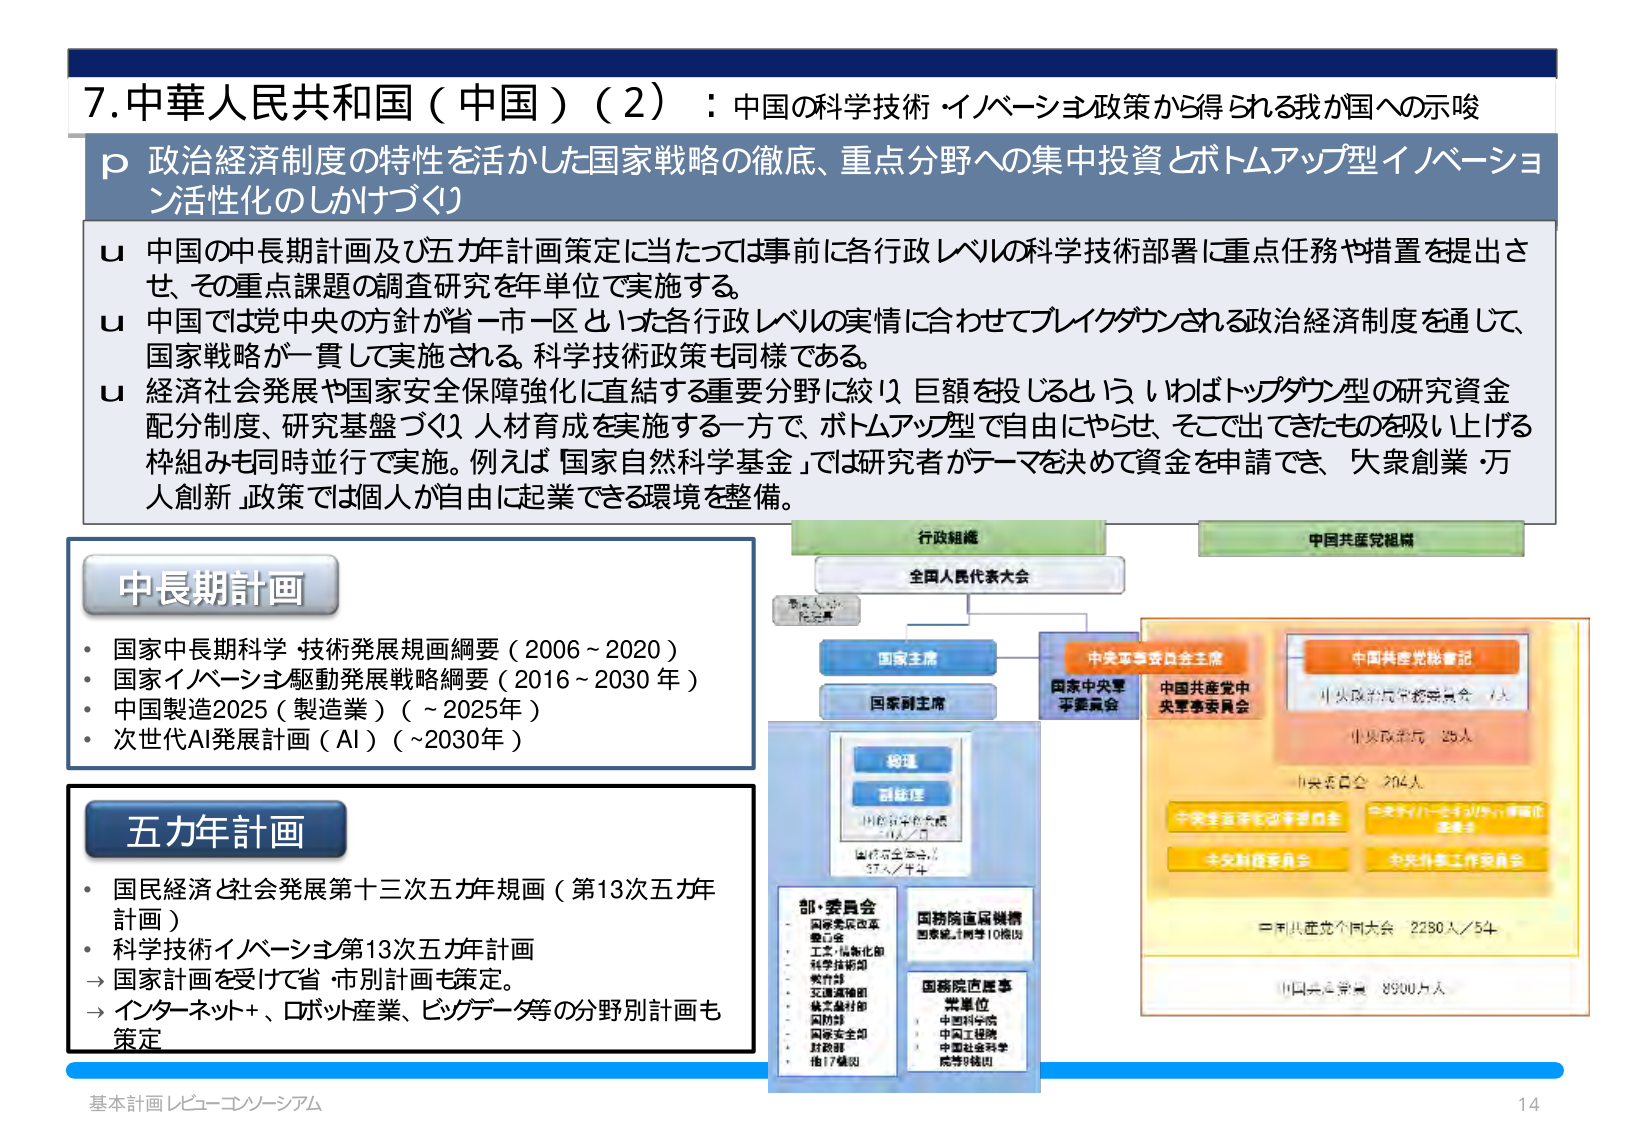
7.中華人民共和国（中国）（2）：中国の科学技術・イノベーション政策から得られる我が国への示唆
p 政治経済制度の特性を活かした国家戦略の徹底、重点分野への集中投資とボトムアップ型イノベーション活性化のしかけづくり
u 中国の中長期計画及び五カ年計画策定に当たっては事前に各行政レベルの科学技術部署に重点任務や措置を提出させ、その重点課題の調査研究を年単位で実施する。
u 中国では党中央の方針が省－市－区といった各行政レベルの実情に合わせてブレイクダウンされる政治経済制度を通じて、国家戦略が一貫して実施される。科学技術政策も同様である。
u 経済社会発展や国家安全保障強化に直結する重要分野に絞り、巨額を投じるという、いわばトップダウン型の研究資金配分制度、研究基盤づくり、人材育成を実施する一方で、ボトムアップ型で自由にやらせ、そこで出てきたものを吸い上げる枠組みも同時並行で実施。例えば「国家自然科学基金」では研究者がテーマを決めて資金を申請でき、「大衆創業・万人創新」政策では個人が自由に起業できる環境を整備。

中長期計画
・国家中長期科学・技術発展規画綱要（2006～2020）
・国家イノベーション駆動発展戦略綱要（2016～2030年）
・中国製造2025（製造業）（～2025年）
・次世代AI発展計画（AI）（～2030年）

五カ年計画
・国民経済と社会発展第十三次五カ年計画（第13次五カ年計画）
・科学技術イノベーション第13次五カ年計画
→国家計画を受けて省・市別計画も策定。
→インターネット＋、ロボット産業、ビッグデータ等の分野別計画も策定

行政組織
全国人民代表大会
国家主席
国家副主席
総理
副総理
国務院常務委員 4人／年
国務院常務委員 37人／年
部・委員会
- 国家発展改革委員会
- 工業・情報化部
- 科学技術部
- 教育部
- 交通運輸部
- 林業草原局
- 国防部
- 国家安全局
- 財政部
- 他17機関
国務院直属機構
国家統計局等10機関
国務院直属事業単位
- 中国科学院
- 中国工程院
- 中国社会科学院等9機関

中国共産党組織
中央軍事委員会主席
国家中央軍事委員会
中国共産党中央軍事委員会
中国共産党総書記
中央政治局常務委員 7人
中央政治局 25人
中央委員会 204人
中央全面深化改革委員会
中央ディジタル経済・情報化委員会
中央財経委員会
中央外事工作委員会
中国共産党全国大会 2280人／5年
中国共産党員 8900万人

基本計画レビュー・コンソーシアム
14